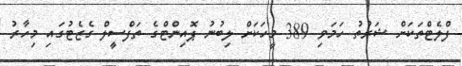
ފްލެޓްތަކަށް ޝަރުތު ހަމަވި 389 މީހަކަށް ލިބުނު ޕޮއިންޓްގެ ތަފްސީލް ގެޒެޓުގައި މިހާރު